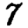
Digit: 7